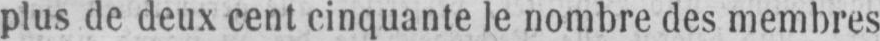
plus de deux cent cinquante le nombre des membres